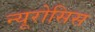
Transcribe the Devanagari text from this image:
न्यूरोसिस